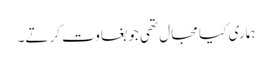
ہماری کیا مجال تھی جو بغاوت کرتے۔